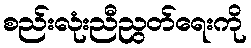
စည်းလုံးညီညွတ်ရေးကို